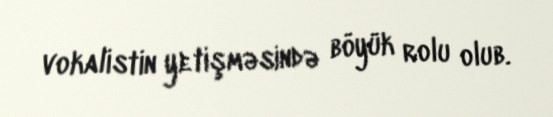
vokalistin yetişməsində böyük rolu olub.